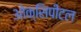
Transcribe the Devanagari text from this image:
ओक्सिपीटल